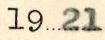
1921